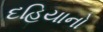
દહિયાનો